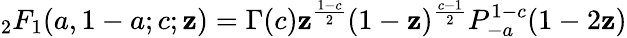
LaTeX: {}_{2}F_{1}(a,1-a;c;\mathbf{z})=\Gamma(c)\mathbf{z}^{\frac{{1-c}}{{2}}}(1-\mathbf{z})^{\frac{{c-1}}{{2}}}P_{-a}^{1-c}(1-2\mathbf{z})